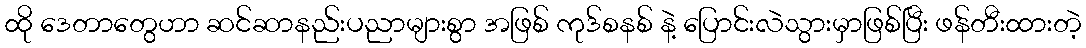
ထို ဒေတာတွေဟာ ဆင်ဆာနည်းပညာများစွာ အဖြစ် ကုဒ်စနစ် နဲ့ ပြောင်းလဲသွားမှာဖြစ်ပြီး ဖန်တီးထားတဲ့